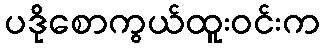
ပဒိုစောကွယ်ထူးဝင်းက